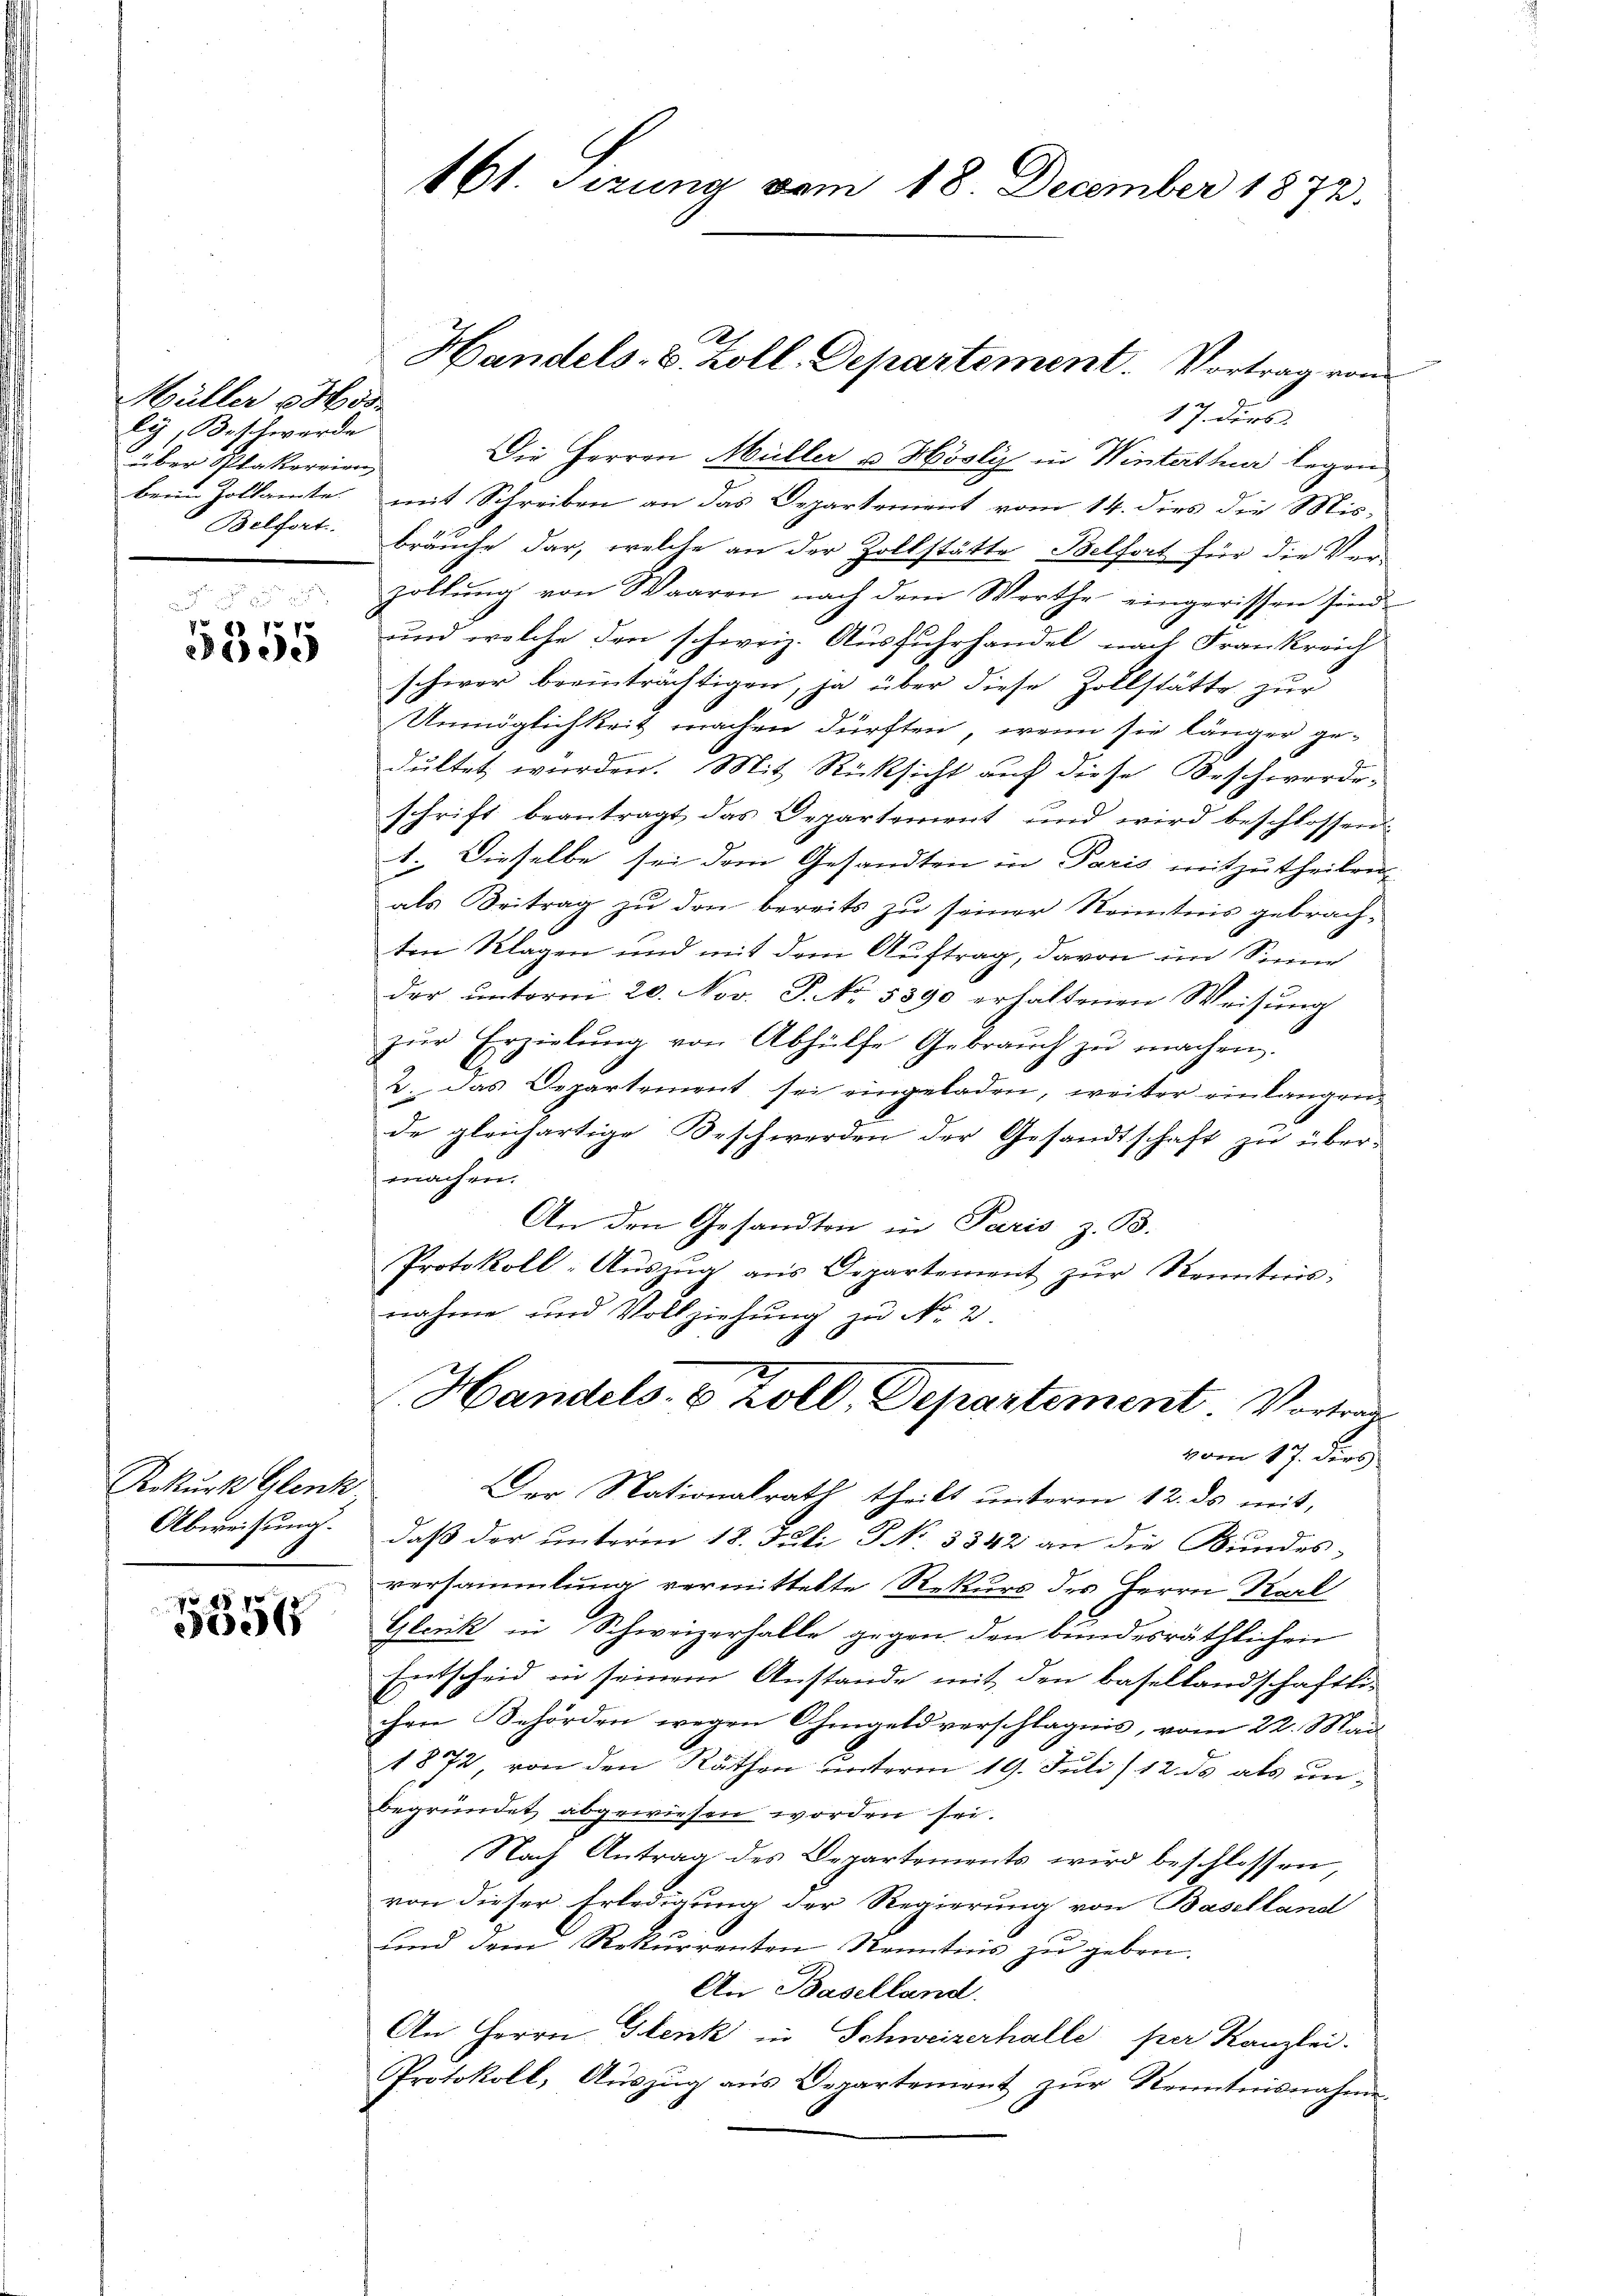
Müller ode
ly, Beschwerde
über Plakereien,
Belfort.

87
209

Rekurs Elenk
Abweisung.

48 x
e

461. Sizung vom 18. December 1872.

17. ders
Die Herren Müller u Hösli in Winterther legen
beim Zollamte mit Schreiben an das Departement vom 14. dies die Misbräuche dar, welche an der Zollstätte Belfort für die Ver-
zollŭng von Waaren nach dem Werthe eingerissen sind
und welche den schweiz. Ausfuhrhandel nach Frankreich
schwer beeinträchtigen, ja über diese Zollstätte zur
Unmöglichkeit machen dürften, wenn sie länger ge-
dultet wurden. Mit Rücksicht auf diese Beschwerde.
schrift beantragt das Departement und wird beschlossen:
1. Dieselbe sei den Gesandten in Paris mitzutheilen
als Beitrag zu den bereits zu seiner Kenntnis gebrachten Klagen und mit dem Auftrag, davon im Sinn
der unterm 20. Nov. J. No. 5390 erhaltenen Weisung
zŭr Erzielŭng von Abhülfe Gebraŭch zŭ machen.
l
2. Das Departement sei eingeladen, weiter einlangen
de gleichartige Beschwerden der Gesandtschaft zu übermachen.
An den Gesandten in Paris z. B.
Protokoll-Aŭszŭg aŭs Departement zŭr Kenntnis-
nahme und Vollziehung zu No. 2.
Handels 8 Zoll, Departement. Vortragvom 17. dies
Der Nationalrath theilt unterm 12. ds mit,
daß der unterm 18. Juli S. 3342 an die Bundes-
versammlung vermittelte Rekurs des Herrn Karl
Gleck in Schweizerhalle gegen den bundesräthlichen
Entscheid in seinem Anstande mit den Basellandschaftlichen Behörden wegen Ohmgeld verschlägnis, vom 22. Mai
1872, von den Räthen unterm 19. Juli/12. ds als unbegründet abgewiesen worden sei.
Nach Antrag des Departements wird beschlossen,
von dieser Erledigung der Regierung von Baselland
ŭnd dem Rekurrenten Kenntnis zŭ geben.
An Baselland.
An Herrn Henk in Schweizerhalle per Kanzlei.
Protokoll, Aŭszŭg aŭs Departement zŭr Kenntnisnahme.

Handels- u. Koll. Departement. Vortrag von